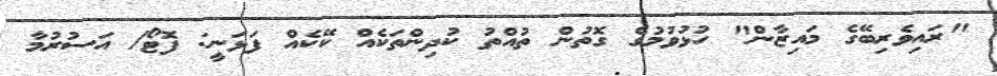
"ރައިވެރިބޭގެ މައިޒާން" ހުޅުވުމުގެ ގޮތުން ތުއްތު ކުދިންތަކެއް ކޭކެއް ފަޅަނީ: ފޮޓޯ/ އަސުރުމާ